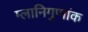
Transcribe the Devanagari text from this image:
म्लानिगुणांक